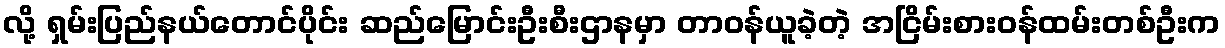
လို့ ရှမ်းပြည်နယ်တောင်ပိုင်း ဆည်မြောင်းဦးစီးဌာနမှာ တာဝန်ယူခဲ့တဲ့ အငြိမ်းစားဝန်ထမ်းတစ်ဦးက